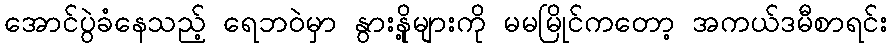
အောင်ပွဲခံနေသည့် ရေဘဝဲမှာ နွားနို့များကို မမမြိုင်ကတော့ အကယ်ဒမီစာရင်း